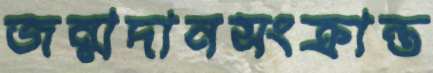
জন্মদানসংক্রান্ত